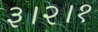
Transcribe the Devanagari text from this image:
३।२।१